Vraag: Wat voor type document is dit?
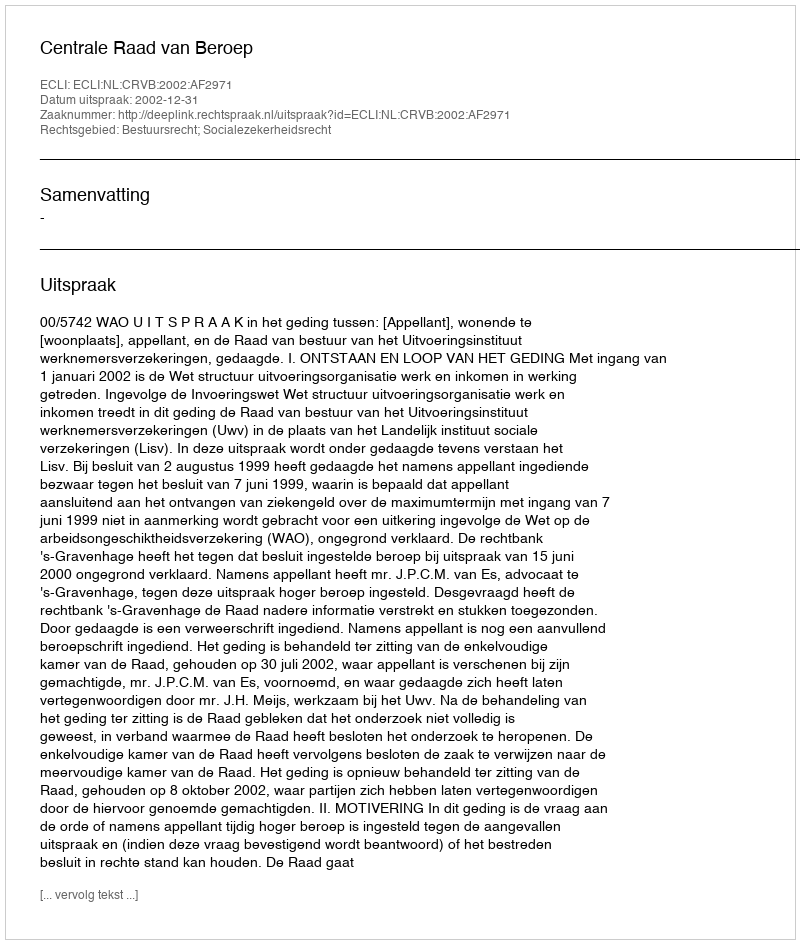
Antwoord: Uitspraak